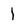
Character: 1